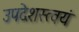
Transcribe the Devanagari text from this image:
उपदेशस्त्वयं